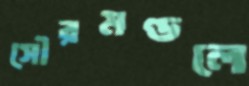
সৌরমণ্ডলে